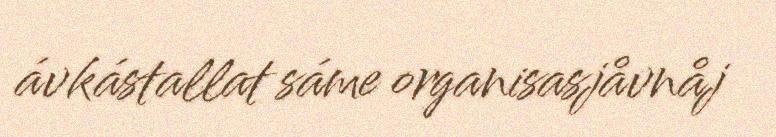
ávkástallat sáme organisasjåvnåj